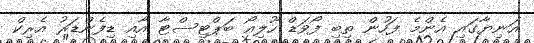
އަނިޔާގައި އެންމެ ފަހުން ތިބި ފޯވަޑް ހޫލިއޯ ބަޕްޓިސްޓާ އާއި ޑިފެންޑަރު އެރިކް